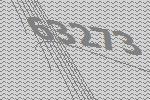
63273